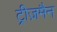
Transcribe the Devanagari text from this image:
ट्रीज़मैन